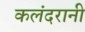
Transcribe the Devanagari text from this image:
कलंदरानी